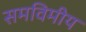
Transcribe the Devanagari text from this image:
समविमीय